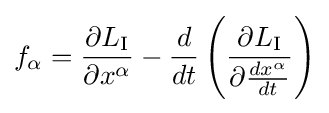
f_{\alpha }={\frac {\partial L_{\text{I}}}{\partial x^{\alpha }}}-{\frac {d}{dt}}\left({\frac {\partial L_{\text{I}}}{\partial {\frac {dx^{\alpha }}{dt}}}}\right)